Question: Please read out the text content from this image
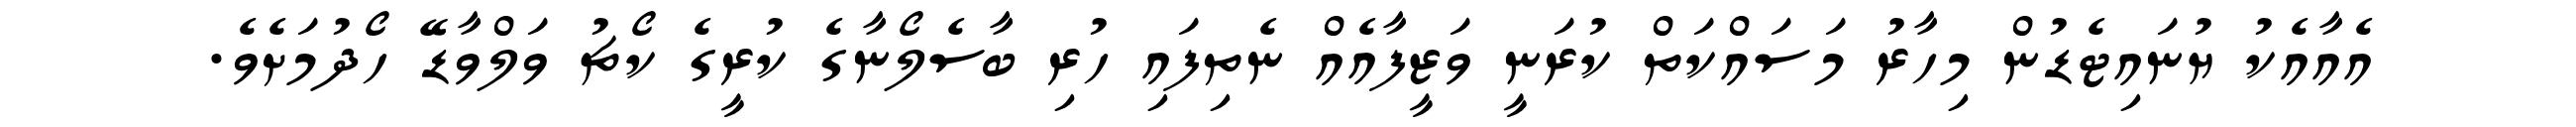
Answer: އެއާއެކު ޔުނައިޓެޑުން މިހާރު މަސައްކަތް ކުރަނީ ވަޒީފާއެއް ނެތިފައި ހުރި ބާސެލޯނާގެ ކުރީގެ ކޯޗު ވަލްވާޑޭ ހޯދުމަށެވެ.